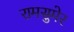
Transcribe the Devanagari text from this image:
रामसुमेर